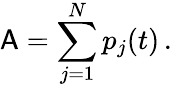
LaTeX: \mathsf{A}=\sum_{j=1}^{N}p_{j}(t)\, .